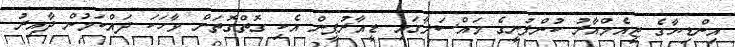
އިންޑިޔާގެ ޖީއެމްއާރު ކުންފުނީގެ މައްސަލާގައި ޑީއާރުޕީން އެކި ގޮތްގޮތަށް ވާހަކަ ދައްކަމުން ދާއިރު